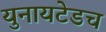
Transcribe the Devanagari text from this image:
युनायटेडच